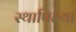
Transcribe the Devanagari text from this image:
स्थापिल्या